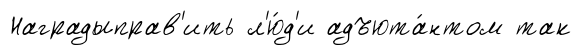
Наградыправ'ить л'ю́д'и адъюта́нтом так